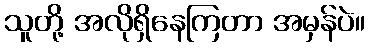
သူတို့ အလိုရှိနေကြတာ အမှန်ပဲ။